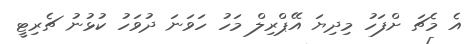
އެ މެޗަ ށްފަހު މިދިޔަ އޭޕްރިލް މަހު ހަވަނަ ދުވަހު ކުޅުނު ޗެރިޓީ